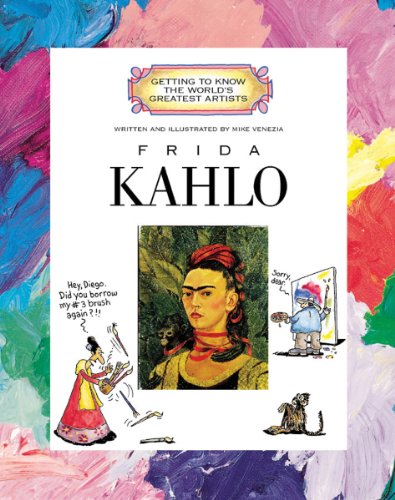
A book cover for Frida Kahlo (Getting to Know the World's Greatest Artists); Mike Venezia; Children's Books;